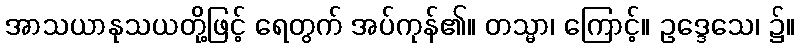
အာသယာနုသယတို့ဖြင့် ရေတွက် အပ်ကုန်၏။ တသ္မာ၊ ကြောင့်။ ဥဒ္ဒေသေ၊ ၌။